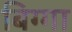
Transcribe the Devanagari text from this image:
बिग्गा